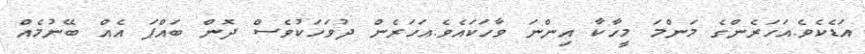
އަޑެކެވެ.އަހަރެންގެ މަންމަ މީހާކާ އިންނަ ވާހަކައެވެ.އަހަރެން ދުވަހަކުވެސް ދޮން ބައްޕަ އެއް ބޭނުމެއް